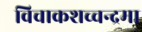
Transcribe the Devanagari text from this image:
विचाकशच्चन्द्रमा